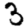
Digit: 3